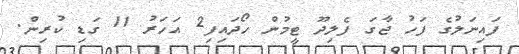
ފައިނަލުގެ ފަހު ޖާގަ ފެލިދޫ ޓީމުން ހޯދައިފި2 އަހަރު 11 ގަޑި ކުރިން.